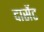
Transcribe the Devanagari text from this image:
दार्सेट